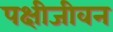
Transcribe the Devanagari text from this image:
पक्षीजीवन